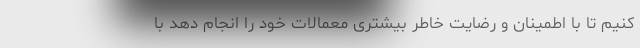
کنیم تا با اطمینان و رضایت خاطر بیشتری معمالات خود را انجام دهد با